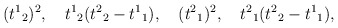
\begin{align*}({t^1}_2)^2 ,\quad {t^1}_2 ({t^2}_2 - {t^1}_1), \quad ({t^2}_1)^2,\quad {t^2}_1({t^2}_2 - {t^1}_1),\end{align*}